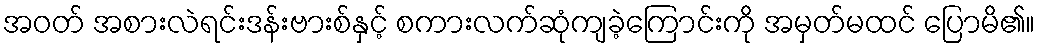
အဝတ် အစားလဲရင်းဒန်းဗားစ်နှင့် စကားလက်ဆုံကျခဲ့ကြောင်းကို အမှတ်မထင် ပြောမိ၏။